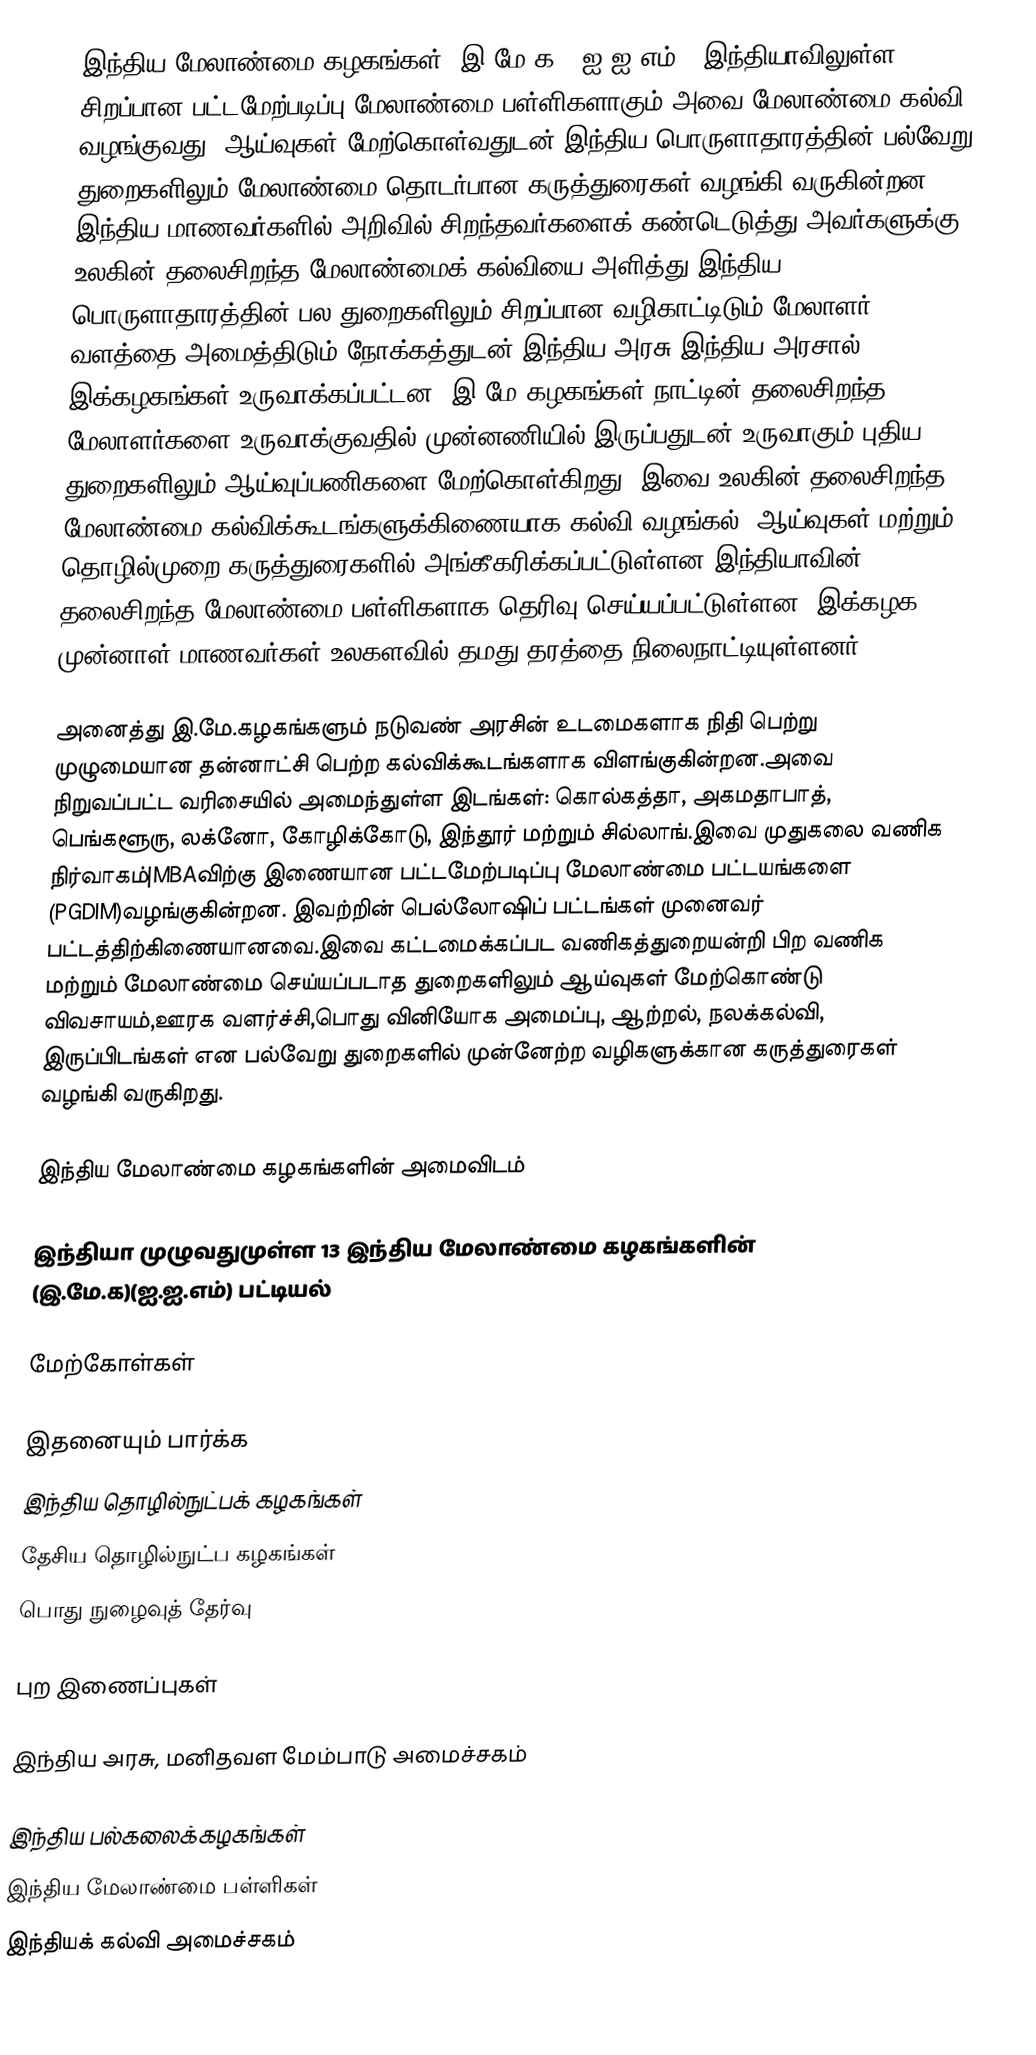
இந்திய மேலாண்மை கழகங்கள் (இ.மே.க) (ஐ.ஐ.எம்), இந்தியாவிலுள்ள சிறப்பான பட்டமேற்படிப்பு மேலாண்மை பள்ளிகளாகும்.அவை மேலாண்மை கல்வி வழங்குவது, ஆய்வுகள் மேற்கொள்வதுடன் இந்திய பொருளாதாரத்தின் பல்வேறு துறைகளிலும் மேலாண்மை தொடர்பான கருத்துரைகள் வழங்கி வருகின்றன. இந்திய மாணவர்களில் அறிவில் சிறந்தவர்களைக் கண்டெடுத்து அவர்களுக்கு உலகின் தலைசிறந்த மேலாண்மைக் கல்வியை அளித்து இந்திய பொருளாதாரத்தின் பல துறைகளிலும் சிறப்பான வழிகாட்டிடும் மேலாளர் வளத்தை அமைத்திடும் நோக்கத்துடன் இந்திய அரசு|இந்திய அரசால் இக்கழகங்கள் உருவாக்கப்பட்டன. இ.மே.கழகங்கள் நாட்டின் தலைசிறந்த மேலாளர்களை உருவாக்குவதில் முன்னணியில் இருப்பதுடன் உருவாகும் புதிய துறைகளிலும் ஆய்வுப்பணிகளை மேற்கொள்கிறது. இவை உலகின் தலைசிறந்த மேலாண்மை கல்விக்கூடங்களுக்கிணையாக கல்வி வழங்கல், ஆய்வுகள் மற்றும் தொழில்முறை கருத்துரைகளில் அங்கீகரிக்கப்பட்டுள்ளன.இந்தியாவின் தலைசிறந்த மேலாண்மை பள்ளிகளாக தெரிவு செய்யப்பட்டுள்ளன. இக்கழக முன்னாள் மாணவர்கள் உலகளவில் தமது தரத்தை நிலைநாட்டியுள்ளனர்.

அனைத்து இ.மே.கழகங்களும் நடுவண் அரசின் உடமைகளாக நிதி பெற்று முழுமையான தன்னாட்சி பெற்ற கல்விக்கூடங்களாக விளங்குகின்றன.அவை நிறுவப்பட்ட வரிசையில் அமைந்துள்ள இடங்கள்: கொல்கத்தா, அகமதாபாத், பெங்களூரு, லக்னோ, கோழிக்கோடு, இந்தூர் மற்றும் சில்லாங்.இவை முதுகலை வணிக நிர்வாகம்|MBAவிற்கு இணையான பட்டமேற்படிப்பு மேலாண்மை பட்டயங்களை (PGDIM)வழங்குகின்றன. இவற்றின் பெல்லோஷிப் பட்டங்கள் முனைவர் பட்டத்திற்கிணையானவை.இவை கட்டமைக்கப்பட வணிகத்துறையன்றி பிற வணிக மற்றும் மேலாண்மை செய்யப்படாத துறைகளிலும் ஆய்வுகள் மேற்கொண்டு விவசாயம்,ஊரக வளர்ச்சி,பொது வினியோக அமைப்பு, ஆற்றல், நலக்கல்வி, இருப்பிடங்கள் என பல்வேறு துறைகளில் முன்னேற்ற வழிகளுக்கான கருத்துரைகள் வழங்கி வருகிறது.

இந்திய மேலாண்மை கழகங்களின் அமைவிடம்

இந்தியா முழுவதுமுள்ள 13 இந்திய மேலாண்மை கழகங்களின் (இ.மே.க)(ஐ.ஐ.எம்) பட்டியல்

மேற்கோள்கள்

இதனையும் பார்க்க
 இந்திய தொழில்நுட்பக் கழகங்கள்
 தேசிய தொழில்நுட்ப கழகங்கள்
 பொது நுழைவுத் தேர்வு

புற இணைப்புகள்

இந்திய அரசு, மனிதவள மேம்பாடு அமைச்சகம்

இந்திய பல்கலைக்கழகங்கள்
இந்திய மேலாண்மை பள்ளிகள்
இந்தியக் கல்வி அமைச்சகம்